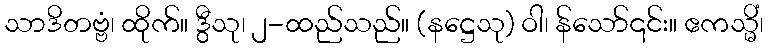
သာဒိတဗ္ဗံ၊ ထိုက်။ ဒွီသု၊ ၂-ထည်သည်။ (နဋ္ဌေသု) ဝါ၊ န်သော်၎င်း။ ဧကသ္မိံ၊